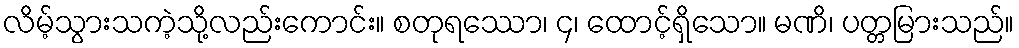
လိမ့်သွားသကဲ့သို့လည်းကောင်း။ စတုရဿော၊ ၄၊ ထောင့်ရှိသော။ မဏိ၊ ပတ္တမြားသည်။